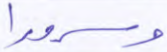
وسرورا